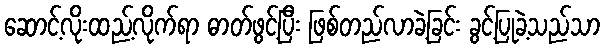
ဆောင့်လိုးထည့်လိုက်ရာ ဓာတ်ဖွင့်ပြီး ဖြစ်တည်လာခဲ့ခြင်း ခွင့်ပြုခဲ့သည်သာ